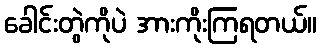
ခေါင်းတွဲကိုပဲ အားကိုးကြရတယ်။